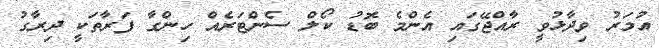
އުމަރު ވިދާޅުވީ ރާއްޖޭގައި އެންމެ ބޮޑު ކޯލް ސެންޓަރެއް ހިންގާ ފަރާތަކީ ދިރާގު